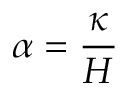
\alpha = \frac { \kappa } { H }